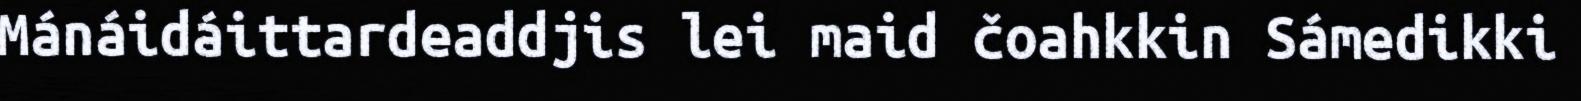
Mánáidáittardeaddjis lei maid čoahkkin Sámedikki